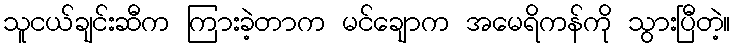
သူငယ်ချင်းဆီက ကြားခဲ့တာက မင်ချောက အမေရိကန်ကို သွားပြီတဲ့။